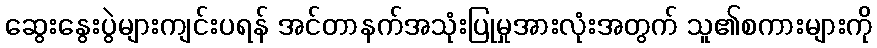
ဆွေးနွေးပွဲများကျင်းပရန် အင်တာနက်အသုံးပြုမှုအားလုံးအတွက် သူ၏စကားများကို